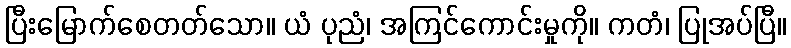
ပြီးမြောက်စေတတ်သော။ ယံ ပုညံ၊ အကြင်ကောင်းမှုကို။ ကတံ၊ ပြုအပ်ပြီ။